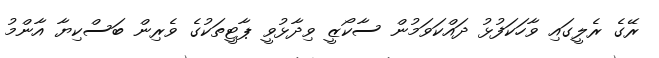
ރޭގެ ރެލީގައި ވާހަކަފުޅު ދައްކަވަމުން ސާކޯޒީ ވިދާޅުވީ ޕާޓީތަކުގެ ވެރިން ބަސްކިޔާ އާންމު